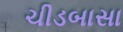
ચીડબાસા